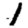
Digit: 1